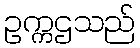
ဥက္ကဌသည်